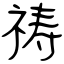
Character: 祷